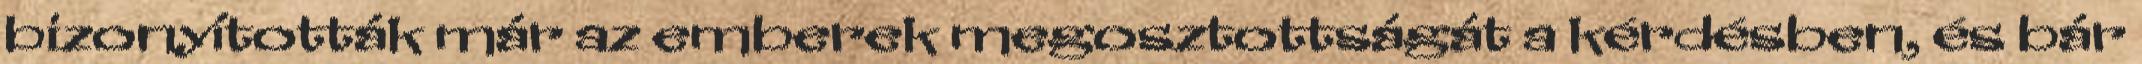
bizonyították már az emberek megosztottságát a kérdésben, és bár